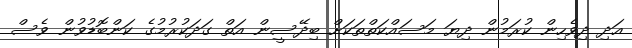
އަދި ދިވެހިން ކުރަމުން ދިޔަ މަސައްކަތްތަކަށް ބިދޭސީން އަތް ގަދަކުރުމުގެ ކަންބޮޑުވުން ވެސް